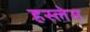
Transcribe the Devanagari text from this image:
हस्लेम